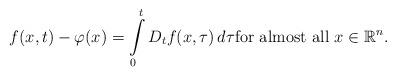
LaTeX: \begin{align*}f(x,t)-\varphi(x)=\int\limits_{0}^{t}D_{t}f(x,\tau)\,d\tau \hbox{for almost all } x \in \mathbb{R}^{n}.\end{align*}